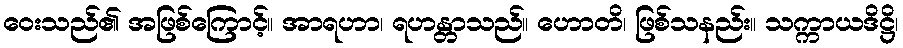
ဝေးသည်၏ အဖြစ်ကြောင့်။ အာရဟာ၊ ရဟန္တာသည်။ ဟောတိ၊ ဖြစ်သနည်း။ သက္ကာယဒိဋ္ဌိ၊